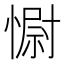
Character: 𢠢